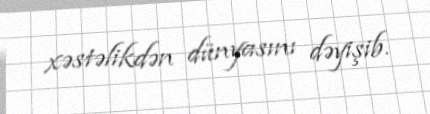
xəstəlikdən dünyasını dəyişib.